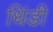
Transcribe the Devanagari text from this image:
धिंडी